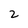
Character: 2